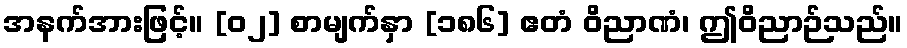
အနက်အားဖြင့်။ [၀၂] စာမျက်နှာ [၁၈၆] ဧတံ ဝိညာဏံ၊ ဤဝိညာဉ်သည်။